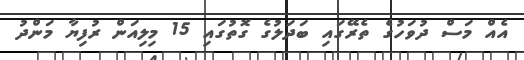
އެއް މަސް ދުވަހުގެ ތެރޭގައި ބަދަލުގެ ގޮތުގައި 15 މިލިއަން ރުފިޔާ މަންދު